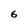
Character: 6